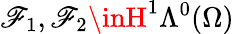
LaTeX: \mathscr{F}_{1},\mathscr{F}_{2}\inH^{1}\Lambda^{0}(\Omega)